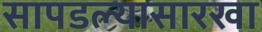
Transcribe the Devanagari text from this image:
सापडल्यासारखा